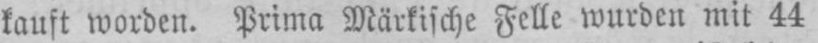
kauft worden. Prima Märkische Felle wurden mit 44